Annual statistical returns and brief notes on vaccination in Bengal - 1896-1909
Year: 1896
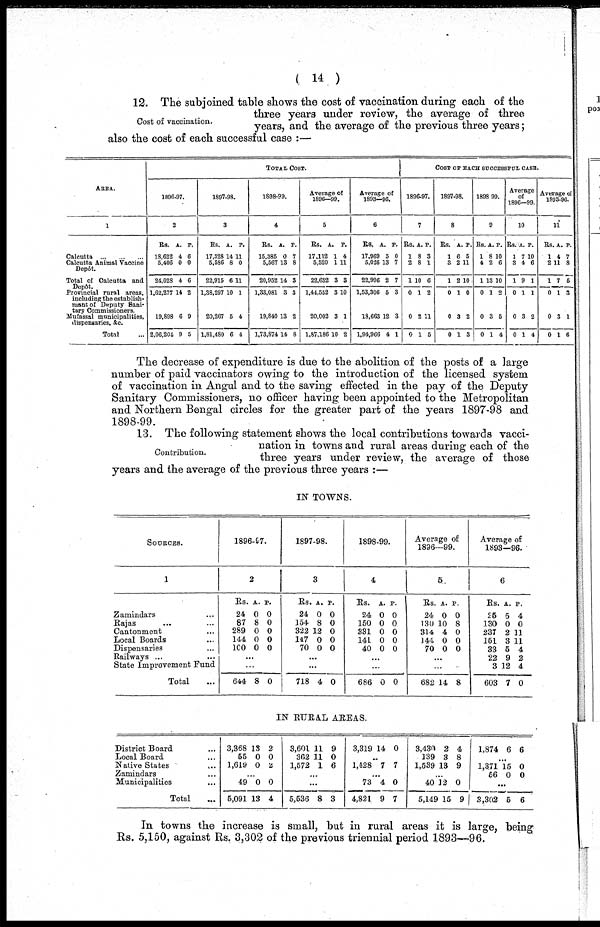
( 14 )
Cost of vaccination.
12. The subjoined table shows the cost of vaccination during each of the
three years under review, the average of three
years, and the average of the previous three years;
also the cost of each successful case :—
AREA.
1
Calcutta
...
...
...
Calcutta Animal Vaccine
Depôt.
Total of Calcutta and
Depôt.
Provincial rural areas,
including the establish-
mant of Deputy Sani-
tary Commissioners.
Mufassal municipalities,
dispensaries, &c.
Total ...
TOTAL COST.
1896-97.
2
Rs.
18,622
5,406
24,028
1,62,277
19,898
2,06,204
A.
4
0
4
14
6
9
P.
6
0
6
2
9
5
1897-98.
3
Rs.
17,328
5,586
22,915
1,38,297
20,267
1,81,480
A.
14
8
6
10
5
6
P.
11
0
11
1
4
4
1898-99.
4
Rs.
15,385
5,567
20,952
1,33,081
19,840
1,73,874
A.
0
13
14
3
13
14
P.
7
8
3
3
2
8
Average of
1896—99.
5
Rs.
17,112
5,520
22,632
1,44,552
20,002
1,87,186
A.
1
1
3
3
3
10
P.
4
11
3
10
1
2
Average of
1893—96.
6
Rs.
17,969
5,026
22,996
1,53,306
18,663
1,94,966
A.
5
13
2
5
12
4
P.
0
7
7
3
3
1
COST OF EACH SUCCESSFUL CASE.
1896-97.
7
Rs.
1
2
1
0
0
0
A.
8
8
10
1
2
1
P.
3
1
6
2
11
5
1897-98.
8
Rs.
1
3
1
0
0
0
A.
6
2
2
1
3
1
P.
5
11
10
0
2
3
1898-99.
9
Rs.
1
4
1
0
0
0
A.
8
2
13
1
3
1
P.
10
6
10
2
5
4
Average
of
1896—99.
10
Rs.
1
3
1
0
0
0
A.
7
4
9
1
3
1
P.
10
6
1
1
2
4
Average of
1893-96.
11
Rs.
1
2
1
0
0
0
A.
4
11
7
1
3
1
P.
7
8
5
3
1
6
The decrease of expenditure is due to the abolition of the posts of a large
number of paid vaccinators owing to the introduction of the licensed system
of vaccination in Angul and to the saving effected in the pay of the Deputy
Sanitary Commissioners, no officer having been appointed to the Metropolitan
and Northern Bengal circles for the greater part of the years 1897-98 and
1898-99.
Contribution.
13. The following statement shows the local contributions towards vacci-
nation in towns and rural areas during each of the
three years under review, the average of those
years and the average of the previous three years :—
IN TOWNS.
SOURCES.
1
Zamindars ...
Rajas ... ...
Cantonment ... ...
Local Boards ... ...
Dispensaries ... ...
Railways ... ...
State Improvement Fund
Total ...
1896-97.
2
Rs.
24
87
289
144
100
A.
0
8
0
0
0
P.
0
0
0
0
0
...
...
644 8 0
1897-98.
3
Rs.
24
154
322
147
70
A.
0
8
12
0
0
P.
0
0
0
0
0
...
...
718 4 0
1898-99.
4
Rs.
24
150
331
141
40
A.
0
0
0
0
0
P.
0
0
0
0
0
...
...
686 0 0
Average of
1896—99.
5
Rs.
24
130
314
144
70
A.
0
10
4
0
0
P.
0
8
0
0
0
...
...
682 14 8
Average of
1893—96.
6
Rs.
25
130
237
151
33
22
3
603
A.
5
0
2
3
5
9
12
7
P.
4
0
11
11
4
2
4
0
IN RURAL AREAS.
District Board ...
Local Board ...
Native States ...
Zamindars ...
Municipalities ...
Total ...
3,368
55
1,619
13
0
0
2
0
2
...
49
5,091
0
13
0
4
3,601
362
1,572
11
11
1
9
0
6
...
...
5,536 8 3
3,319 14 0
...
1,428 7 7
...
73
4,821
4
9
0
7
3,430
139
1,539
2
3
13
4
8
9
...
40
5,149
12
15
0
9
1,874 6 6
...
1,371
56
15
0
0
0
...
3,302 5 6
In towns the increase is small, but in rural areas it is large, being
Rs. 5,150, against Rs. 3,302 of the previous triennial period 1893—96.